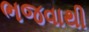
ભજવાથી